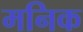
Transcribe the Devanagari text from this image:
मनिक